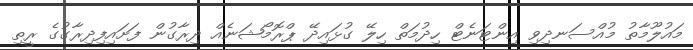
މައުލޫމާތު މުއްސަނދިވި އިންޓަނެޓް ހިދުމަތް ހިލޭ ގުޅައިދޭ ޕްރޮމޯޝަނެއް ދިރާގުން ފަށައިފިދިރާގުގެ ރީތި